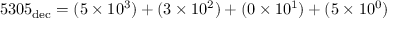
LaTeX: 5 3 0 5 _ { \mathrm { d e c } } = ( 5 \times 1 0 ^ { 3 } ) + ( 3 \times 1 0 ^ { 2 } ) + ( 0 \times 1 0 ^ { 1 } ) + ( 5 \times 1 0 ^ { 0 } )